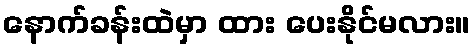
နောက်ခန်းထဲမှာ ထား ပေးနိုင်မလား။